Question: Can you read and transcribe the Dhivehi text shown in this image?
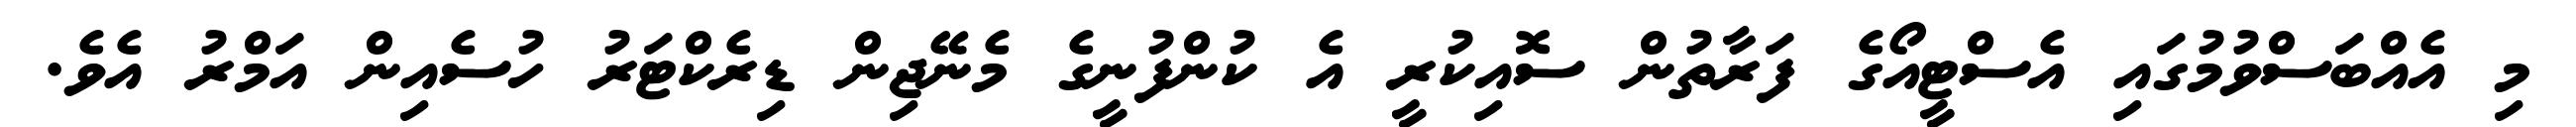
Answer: މި އެއްބަސްވުމުގައި އެސްޓީއޯގެ ފަރާތުން ސޮއިކުރީ އެ ކުންފުނީގެ މެނޭޖިން ޑިރެކްޓަރު ހުސެއިން އަމްރު އެވެ.